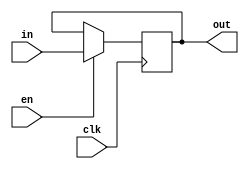
module Register_en (clk,en,in,out);
  input clk;
  input en;
  input [31:0] in;
  output reg [31:0] out = 32'b0;

  always @(posedge clk) begin
    if (en) 
      out <= in;
  end

endmodule